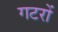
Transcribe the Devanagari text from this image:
गटरों